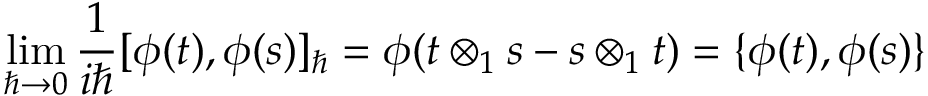
\operatorname * { l i m } _ { \hbar \to 0 } \frac { 1 } { i \hbar } [ \phi ( t ) , \phi ( s ) ] _ { \hbar } = \phi ( t \otimes _ { 1 } s - s \otimes _ { 1 } t ) = \{ \phi ( t ) , \phi ( s ) \}